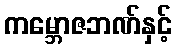
ကမ္ဘောဇဘဏ်နှင့်